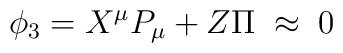
{}\phi _3 = X^{\mu}P_{\mu} + Z \Pi \; \approx \; 0